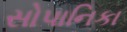
સોપાનિકા